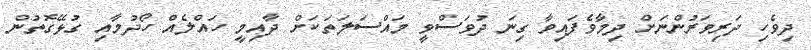
ދިވެހި ދަރިވަރުންނަށް ދިމާވެފައިވާ ގިނަ ދުވަސްވީ މައްސަލަތަކަށް ދާއިމީ ހައްލެއް ހޯދުމާއި ގުޅޭގޮތުން